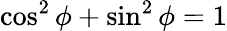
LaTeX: \cos^{2}\phi+\sin^{2}\phi=1